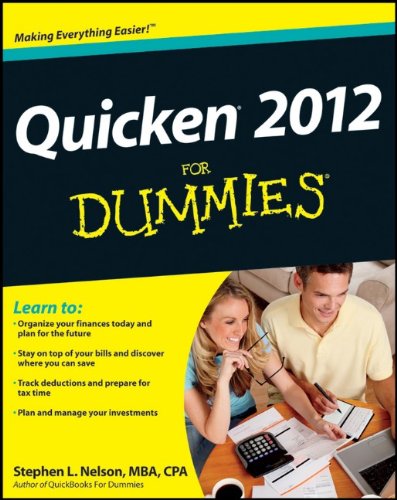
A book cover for Quicken 2012 For Dummies; Stephen L. Nelson; Computers & Technology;